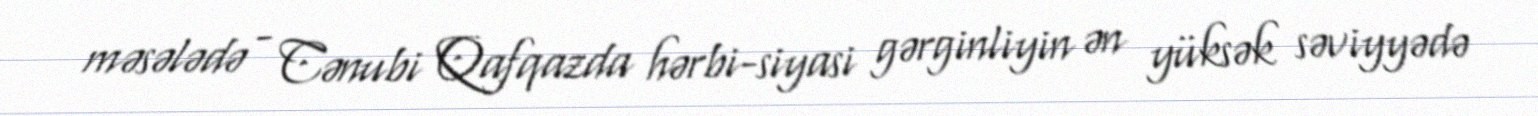
məsələdə - Cənubi Qafqazda hərbi-siyasi gərginliyin ən yüksək səviyyədə